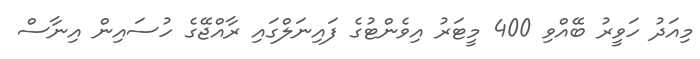
މިއަދު ހަވީރު ބޭއްވި 400 މީޓަރު އިވެންޓުގެ ފައިނަލްގައި ރާއްޖޭގެ ހުސައިން އިނާސް